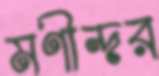
মণীন্দর